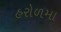
હરોળમા